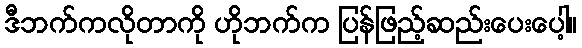
ဒီဘက်ကလိုတာကို ဟိုဘက်က ပြန်ဖြည့်ဆည်းပေးပေါ့။